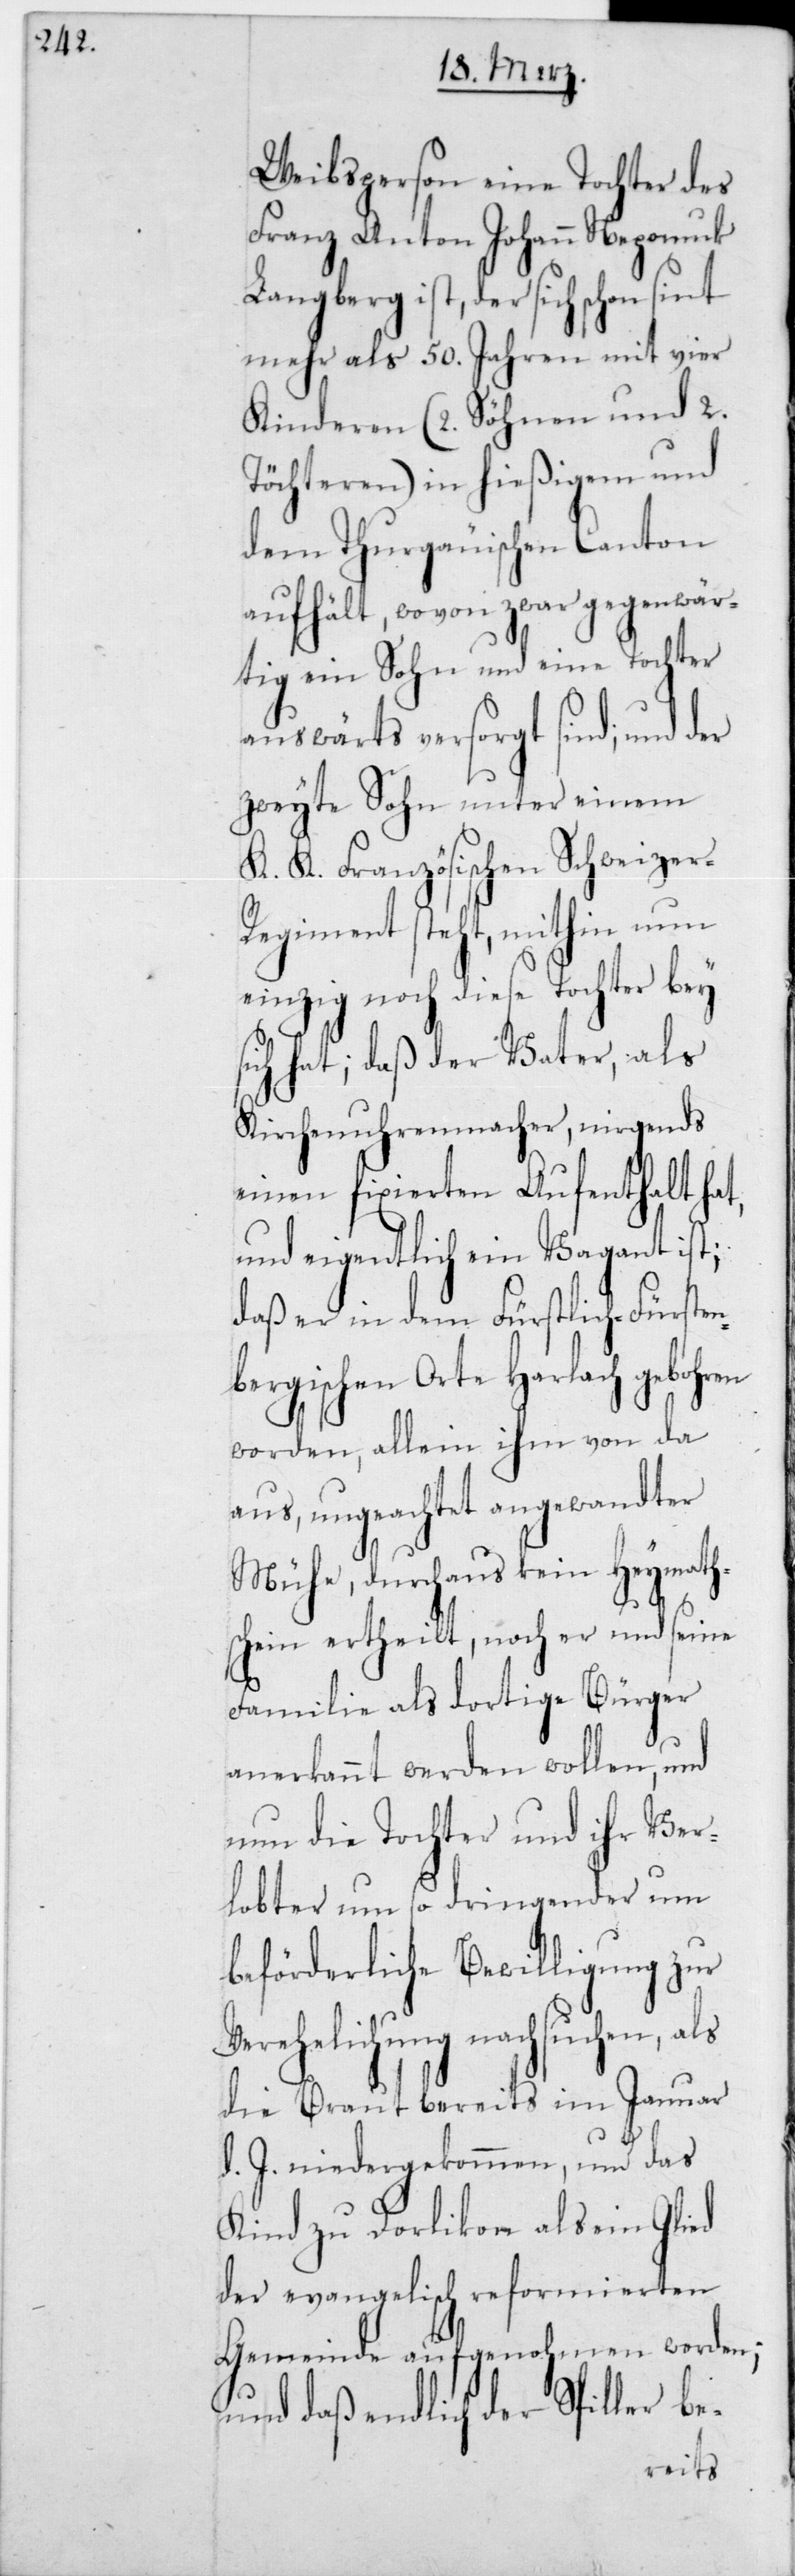
Weibsperson eine Tochter des
Franz Anton Johann Nepomuk
Langberg ist, der sich schon sint
mehr als 50 Jahren mit vier
Kinderen (2 Söhnen und 2
Töchteren) in hießigem und
dem Thurgauischen Canton
aufhält, wovon zwar gegenwär¬
tig ein Sohn und eine Tochter
auswärts versorgt sind, und der
zweyte Sohn unter einem
K. K. Französischen Schweizer
Regiment steht, mithin nun
einzig noch diese Tochter bey
hat; daß der Vater, als
Kirchenuhrenmacher, nirgends
einen fixierten Aufenthalt hat,
und eigentlich ein Vagant ist;
daß er in dem Fürstlich-Fürsten¬
bergischen Orte Harlach gebohren
worden, allein ihm von da
aus, ungeachtet angewandter
Mühe, durchaus kein Heymaths¬
chein ertheilt, noch er und seine
Familie als dortige Bürger
anerkannt werden wollen, und
nun die Tochter und ihr Ver¬
lobter um so dringender um
beförderliche Bewilligung zur
Verehelichung nachsuchen,
die Braut bereits im Januar
d. J. niedergekommen, und das
Kind zu Dorlikon als ein Glied
der evangelisch-reformierten
Gemeinde aufgenohmen worden;
und daß endlich der Spiller be-